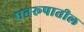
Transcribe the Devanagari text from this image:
घनरूपातील